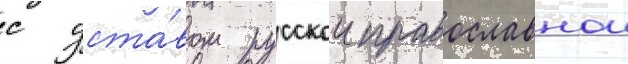
с уста́вом русскои православнои